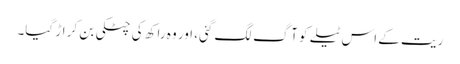
ریت کے اس ٹیلے کو آگ لگ گئی، اور وہ راکھ کی چٹکی بن کر اڑ گیا۔